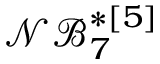
\mathcal { N B } _ { 7 } ^ { * [ 5 ] }